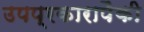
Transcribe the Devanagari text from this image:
उपप्रकारापैकी